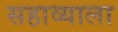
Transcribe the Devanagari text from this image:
सहाव्याला